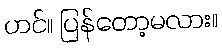
ဟင်။ ပြန်တော့မလား။